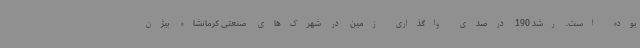
بوده است. رشد 190 درصدی واگذاری زمین در شهرک‌های صنعتی کرمانشاه بیژن